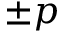
\pm p